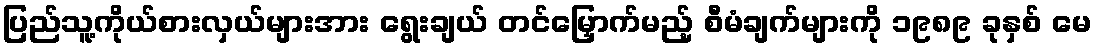
ပြည်သူ့ကိုယ်စားလှယ်များအား ရွေးချယ် တင်မြှောက်မည့် စီမံချက်များကို ၁၉၈၉ ခုနှစ် မေ